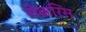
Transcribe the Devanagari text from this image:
सेकरिस